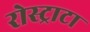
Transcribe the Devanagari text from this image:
रोस्ट्राटा